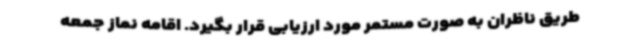
طریق ناظران به صورت مستمر مورد ارزیابی قرار بگیرد. اقامه نماز جمعه